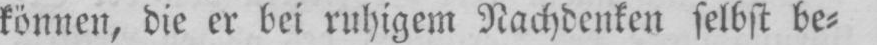
können, die er bei ruhigem Nachdenken selbst be⸗